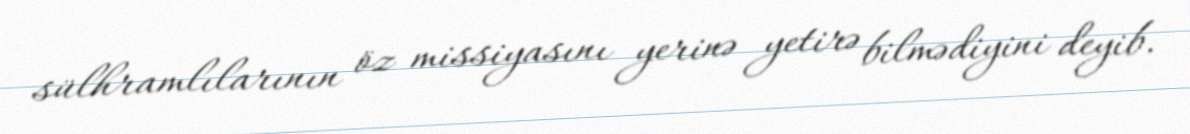
sülhramlılarının öz missiyasını yerinə yetirə bilmədiyini deyib.